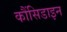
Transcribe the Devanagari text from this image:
कौंसिडाइन